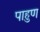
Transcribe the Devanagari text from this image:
पाहुण